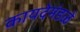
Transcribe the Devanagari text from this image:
कायदेमंडळे